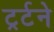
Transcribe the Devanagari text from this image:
ट्रर्टने